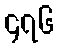
၄၇၆